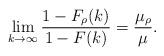
LaTeX: \begin{align*}\lim_{k \to \infty} \frac{1 - F_\rho(k)}{1 - F(k)} = \frac{\mu_\rho}{\mu}.\end{align*}